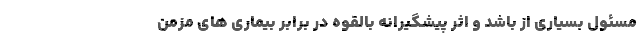
مسئول بسیاری از باشد و اثر پیشگیرانه بالقوه در برابر بیماری های مزمن